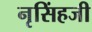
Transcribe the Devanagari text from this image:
नृसिंहजी